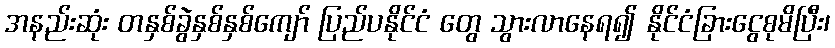
အနည်းဆုံး တနှစ်ခွဲနှစ်နှစ်ကျော် ပြည်ပနိုင်ငံ တွေ သွားလာနေရ၍ နိုင်ငံခြားငွေစုမိပြီး၊